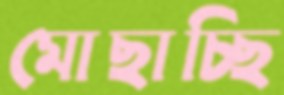
মোছাচ্ছি